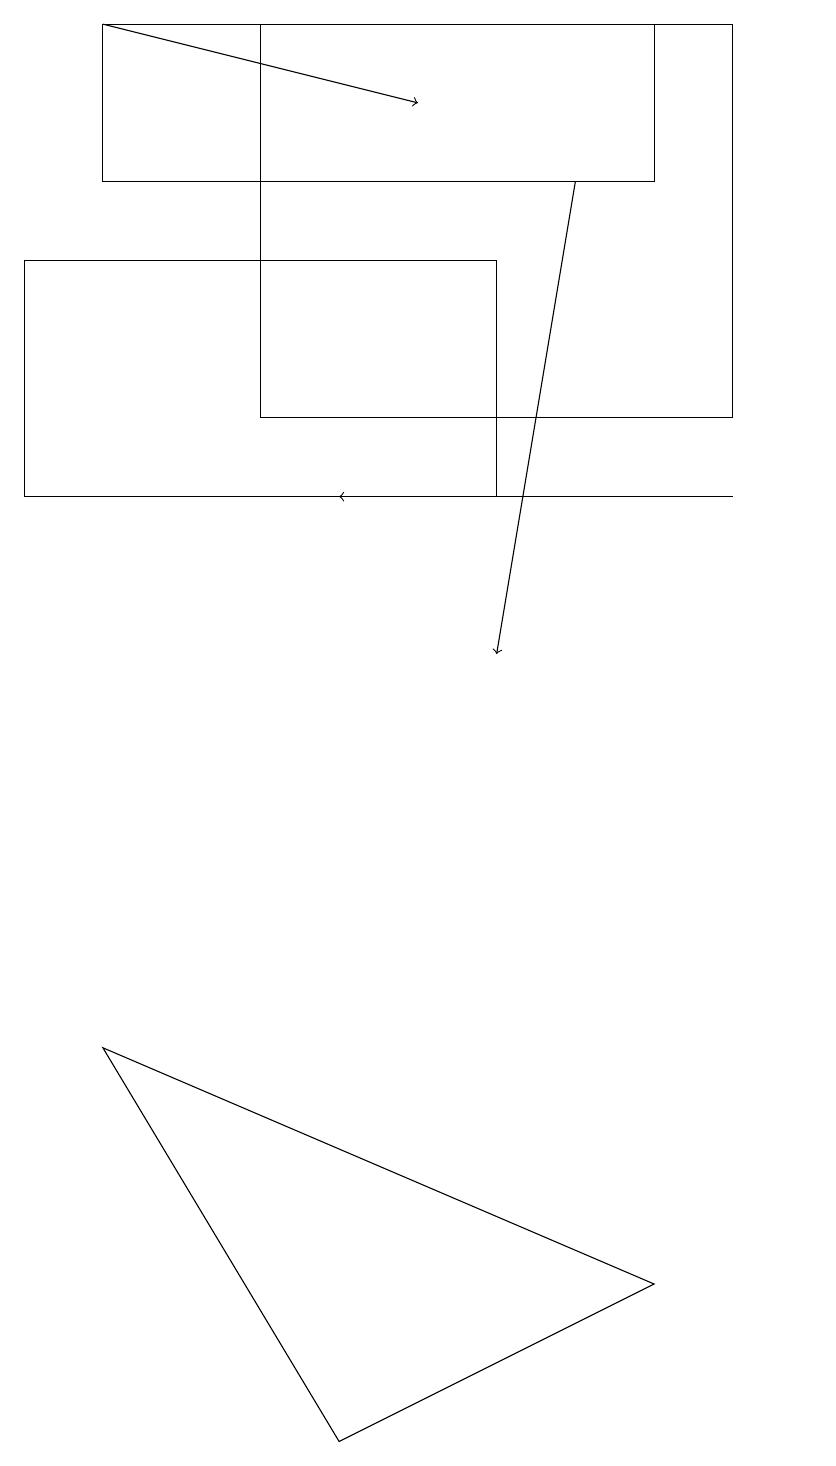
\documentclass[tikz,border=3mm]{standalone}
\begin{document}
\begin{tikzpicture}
\draw[->] (7,17) -- (6,11);
\draw (1,19) rectangle (8,17);
\draw[->] (1,19) -- (5,18);
\draw (0,13) rectangle (6,16);
\draw[->] (9,13) -- (4,13);
\draw (4,1) -- (8,3) -- (1,6) -- cycle;
\draw (10,10) circle (0);
\draw (9,14) rectangle (3,19);
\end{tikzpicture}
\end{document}